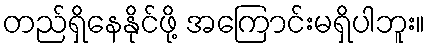
တည်ရှိနေနိုင်ဖို့ အကြောင်းမရှိပါဘူး။